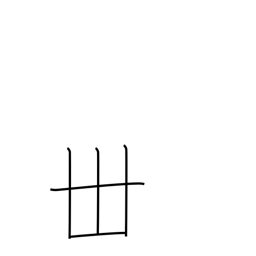
Meaning: thirty